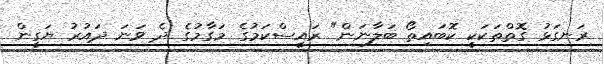
ރަނގަޅު ގޮތްތަކަކީ ކޮބައިތޯ ބަލާނަން" ރައީސްކަމުގެ މަގާމުގެ ދެ ވަނަ ދައުރު ޔަގީން